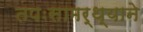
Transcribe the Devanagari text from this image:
तपःसामर्थ्याने